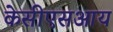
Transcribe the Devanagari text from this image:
केसीएसआय